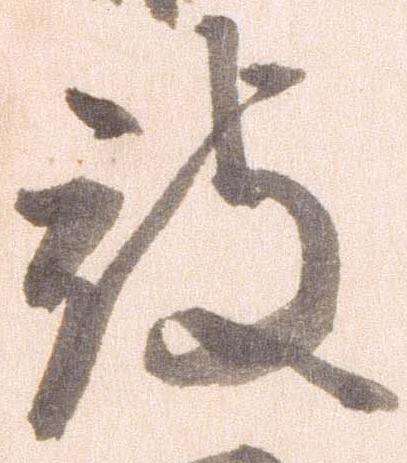
被